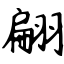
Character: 翩